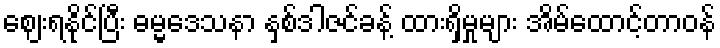
ဈေးရနိုင်ပြီး ဓမ္မဒေသနာ နှစ်ဒါဇင်ခန့် ထားရှိမှုများ အိမ်ထောင့်တာဝန်